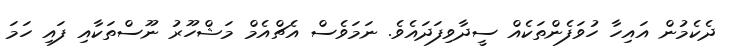
ދެކެމުން އައިހާ ހުވަފެންތަކެއް ސީދާވިފަދައެވެ. ނަމަވެސް އެޗްއެމް މަޝްހޫރު ނޫސްތަކާއި ފައި ހަމަ